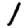
Digit: 1